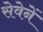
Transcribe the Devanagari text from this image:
सेवेनें